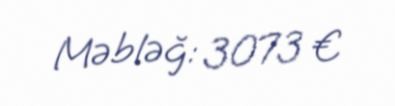
Məbləğ: 3073 €